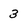
Character: 3